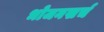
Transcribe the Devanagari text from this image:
भोजनखर्च